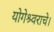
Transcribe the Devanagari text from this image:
योगेश्र्वराचे।